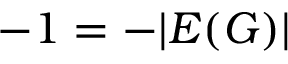
- 1 = - | E ( G ) |